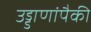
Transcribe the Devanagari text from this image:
उड्डाणांपैकी